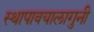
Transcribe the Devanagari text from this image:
स्थापावयालागुनी